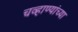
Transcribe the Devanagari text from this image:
चव्हाण्यांच्या